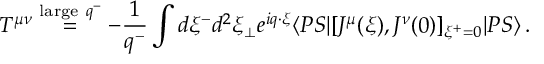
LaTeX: T ^ { \mu \nu } \stackrel { \mathrm { l a r g e } ~ q ^ { - } } { = } - { \frac { 1 } { q ^ { - } } } \int d \xi ^ { - } d ^ { 2 } \xi _ { \bot } e ^ { i q \cdot \xi } \langle P S | [ J ^ { \mu } ( \xi ) , J ^ { \nu } ( 0 ) ] _ { \xi ^ { + } = 0 } | P S \rangle \, .